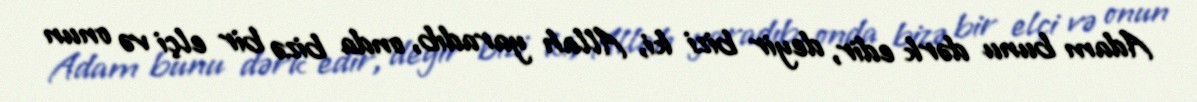
Adam bunu dərk edir, deyir bizi ki, Allah yaradıb, onda bizə bir elçi və onun